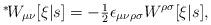
LaTeX: \begin{align*}\mbox{\mbox{}$^*\!$} W_{\mu\nu}[\xi|s] = -\mbox{\small $\frac{1}{2}$} \epsilon_{\mu\nu\rho\sigma} W^{\rho\sigma}[\xi|s],\end{align*}